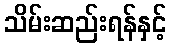
သိမ်းဆည်းရန်နှင့်